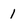
Character: 1